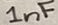
Text: 1nF